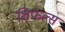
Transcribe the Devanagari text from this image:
शिफल्स